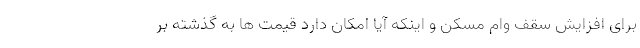
برای افزایش سقف وام مسکن و اینکه آیا امکان دارد قیمت ها به گذشته بر